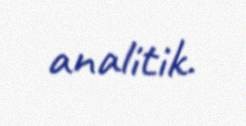
analitik.